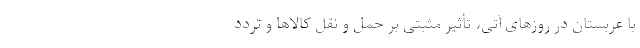
با عربستان در روزهای آتی، تأثیر مثبتی بر حمل و نقل کالاها و تردد